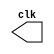
// -------------------------
// clock3  
// Nome: Rodrigo Arruda de Assis 

// ------------------------- 
// --------------------------- 
// -- test clock generator (1) 
// --------------------------- 
	module clock ( clk ); 
	output clk; 
	reg clk; 

initial 
	begin 
		clk = 1'b0; 
	end 
		always 
	begin 
		#6 clk = ~clk; 
	end 
		endmodule // clock ( ) 
		module clock3; 
		wire clk; 
		clock CLK1 ( clk ); 
initial begin 
		$dumpfile ( "clock3.vcd" ); 
		$dumpvars; 
	#120 $finish; 
end 
endmodule // clock3 ()